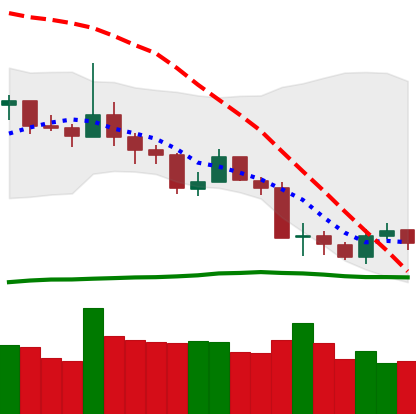
Ticker: LTC-USD
Chart end date: 2019-08-20
Forward return: -3.841%
Label: down_3_5